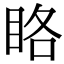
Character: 䀩